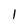
Character: 1